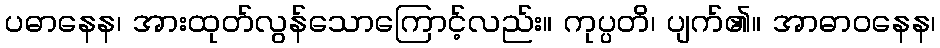
ပဓာနေန၊ အားထုတ်လွန်သောကြောင့်လည်း။ ကုပ္ပတိ၊ ပျက်၏။ အာဓာဝနေန၊